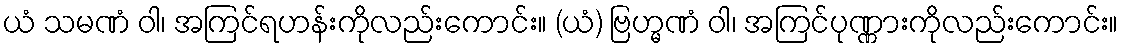
ယံ သမဏံ ဝါ၊ အကြင်ရဟန်းကိုလည်းကောင်း။ (ယံ) ဗြဟ္မဏံ ဝါ၊ အကြင်ပုဏ္ဏားကိုလည်းကောင်း။